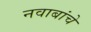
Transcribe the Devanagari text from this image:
नवाबांचे